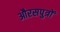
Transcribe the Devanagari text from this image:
औरसपुत्रों